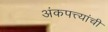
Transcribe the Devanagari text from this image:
अंकपत्त्यांची